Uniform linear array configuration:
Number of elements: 16
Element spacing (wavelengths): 0.75
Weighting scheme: hamming
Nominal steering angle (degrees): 60
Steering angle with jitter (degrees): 60.585
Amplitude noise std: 0.05
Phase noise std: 0.05

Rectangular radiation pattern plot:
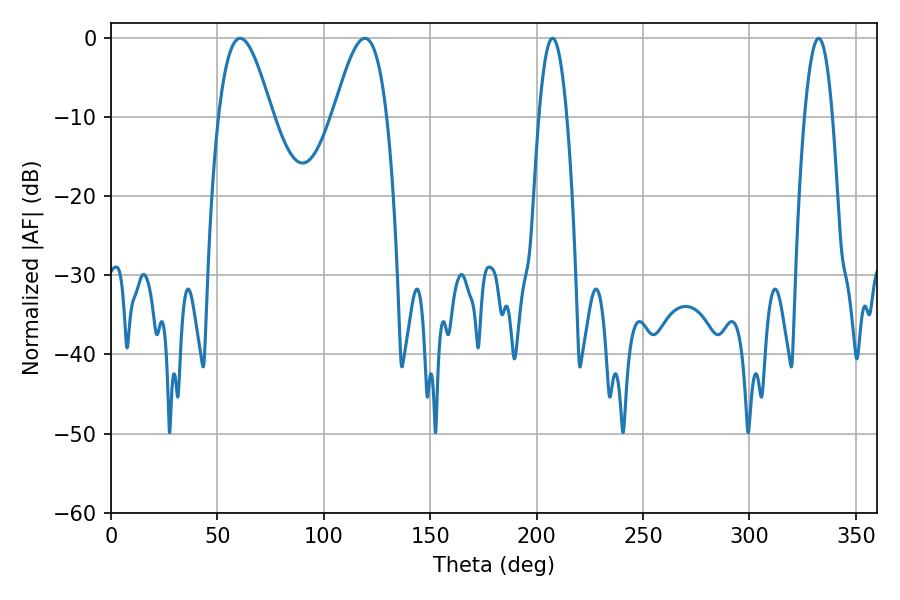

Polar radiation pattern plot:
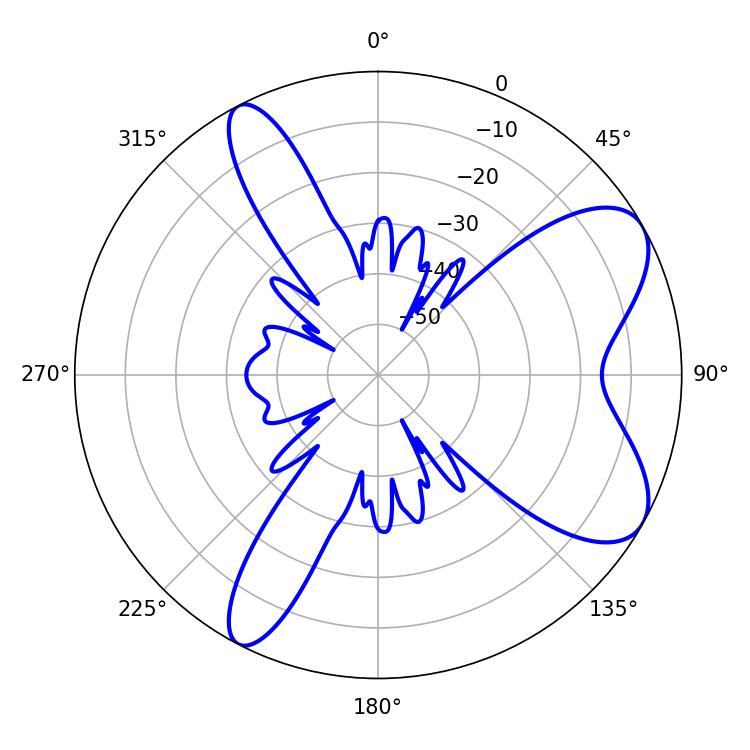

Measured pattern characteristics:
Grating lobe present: TRUE
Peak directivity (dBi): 7.659
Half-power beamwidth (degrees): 13.5
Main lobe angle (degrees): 60.66